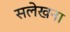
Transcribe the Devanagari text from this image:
सलेखना